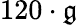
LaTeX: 120\cdot\mathfrak{g}